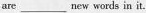
are___new words in it.